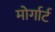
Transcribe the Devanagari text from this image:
मोर्गार्ट